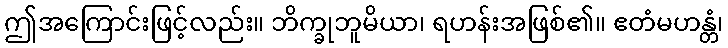
ဤအကြောင်းဖြင့်လည်း။ ဘိက္ခုဘူမိယာ၊ ရဟန်းအဖြစ်၏။ ဧတံမဟန္တံ၊